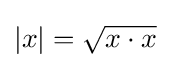
{\textstyle |x|={\sqrt {x\cdot x}}}